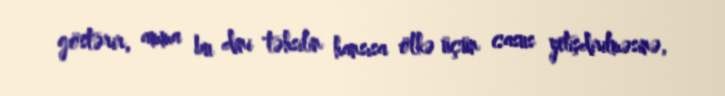
göstərir, amma bu dini təhsilin hansısa ölkə üçün casus yetişdirilməsinə,